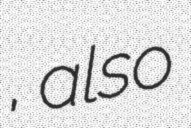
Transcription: مراد, also